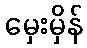
မှေးမှိန်